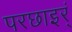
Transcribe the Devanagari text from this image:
परछाइर्ं